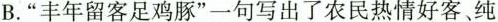
B.”丰年留客足鸡豚”一句写出了农民热情好客、纯